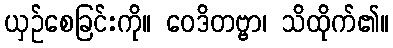
ယှဉ်စေခြင်းကို။ ဝေဒိတဗ္ဗာ၊ သိထိုက်၏။